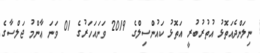
ނިލަންދެއަތޮޅު އުތުރުބުރީ އަތޮޅު ކައުންސިލްގެ 2019 ވަނައަހަރުގެ 01 ވަނަ ޢާންމު ޖަލްސާގެ